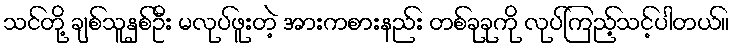
သင်တို့ ချစ်သူနှစ်ဦး မလုပ်ဖူးတဲ့ အားကစားနည်း တစ်ခုခုကို လုပ်ကြည့်သင့်ပါတယ်။